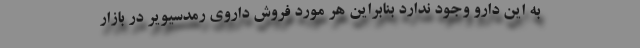
به این دارو وجود ندارد بنابراین هر مورد فروش داروی رمدسیویر در بازار